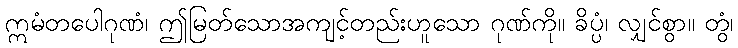
ဣမံတပေါဂုဏံ၊ ဤမြတ်သောအကျင့်တည်းဟူသော ဂုဏ်ကို။ ခိပ္ပံ၊ လျှင်စွာ။ တွံ၊